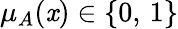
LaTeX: \mu_{A}(\mathit{x})\in\{ 0,\, 1\}